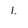
Character: l